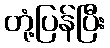
တုံ့ပြန်ပြီး